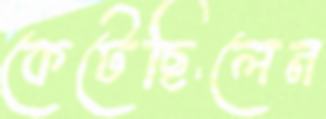
কেটেছিলেন